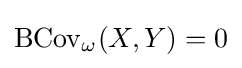
\operatorname {BCov} _{\omega }(X,Y)=0